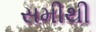
સમીથી